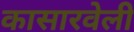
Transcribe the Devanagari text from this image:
कासारवेली